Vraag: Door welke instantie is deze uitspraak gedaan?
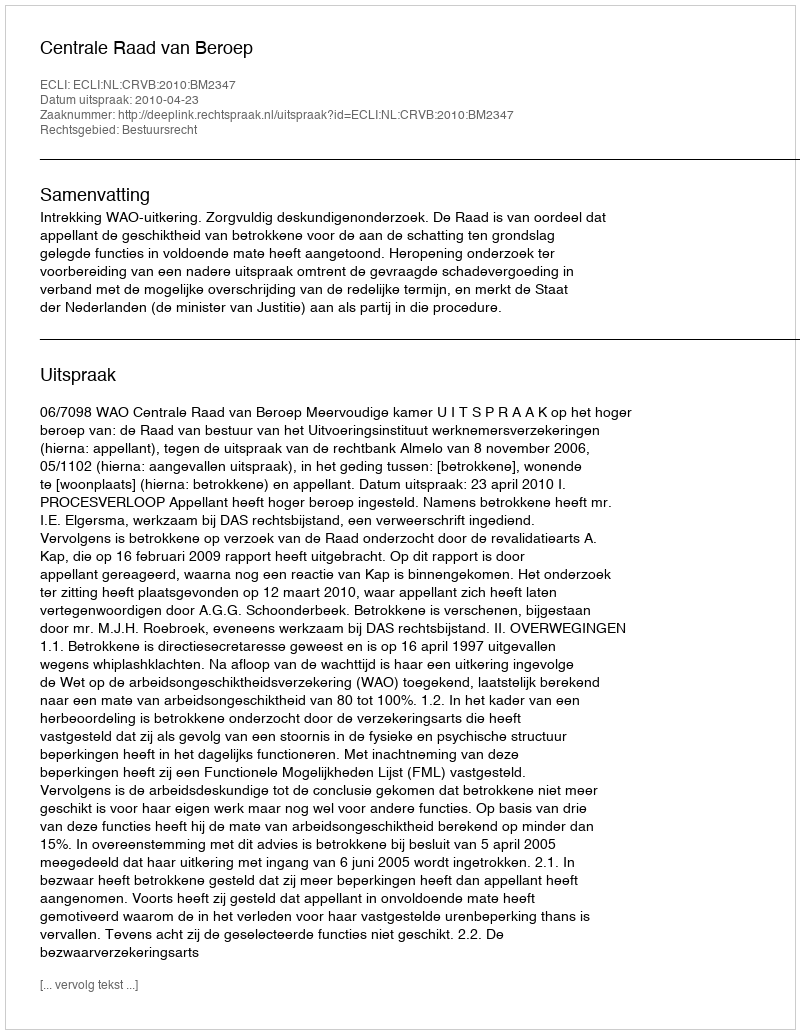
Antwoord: Centrale Raad van Beroep